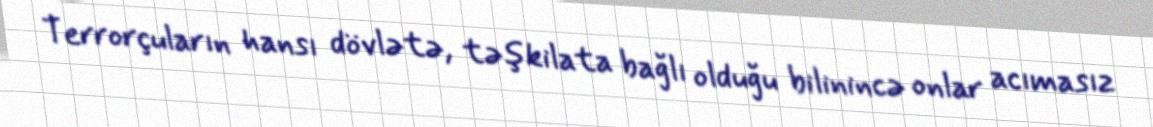
Terrorçuların hansı dövlətə, təşkilata bağlı olduğu bilinincə onlar acımasız